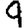
Digit: 9